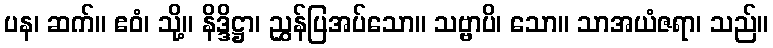
ပန၊ ဆက်။ ဧဝံ၊ သို့။ နိဒ္ဒိဋ္ဌာ၊ ညွှန်ပြအပ်သော။ သဗ္ဗာပိ၊ သော။ သာအယံဇရာ၊ သည်။